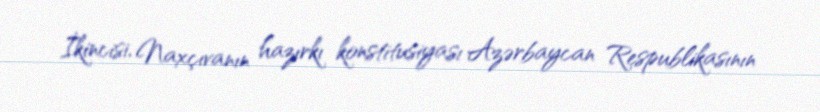
İkincisi, Naxçıvanın hazırkı konstitusiyası Azərbaycan Respublikasının